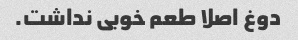
دوغ اصلا طعم خوبی نداشت.